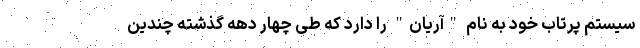
سیستم پرتاب خود به نام "آریان" را دارد که طی چهار دهه گذشته چندین